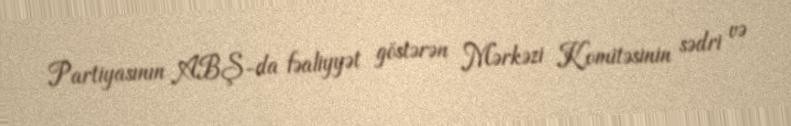
Partiyasının ABŞ-da fəaliyyət göstərən Mərkəzi Komitəsinin sədri və